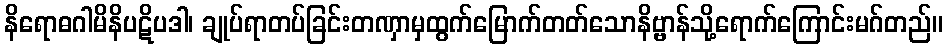
နိရောဓဂါမိနိပဋိပဒါ၊ ချုပ်ရာတပ်ခြင်းတဏှာမှထွက်မြောက်တတ်သောနိဗ္ဗာန်သို့ရောက်ကြောင်းမဂ်တည်။